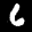
Label: 6